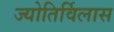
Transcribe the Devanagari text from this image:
ज्योतिर्विलास